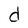
Character: d